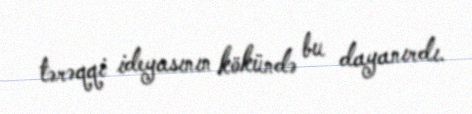
tərəqqi ideyasının kökündə bu dayanırdı.